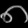
Digit: ၈